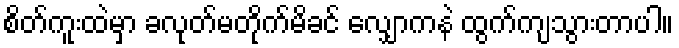
စိတ်ကူးထဲမှာ ခလုတ်မတိုက်မိခင် လျှောကနဲ ထွက်ကျသွားတာပါ။